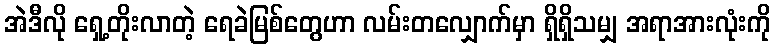
အဲဒီလို ရှေ့တိုးလာတဲ့ ရေခဲမြစ်တွေဟာ လမ်းတလျှောက်မှာ ရှိရှိသမျှ အရာအားလုံးကို